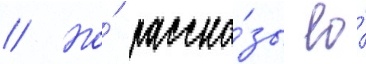
// Но́ расска́зы ео́